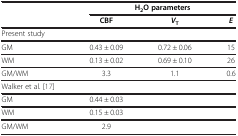
<table><thead><tr><td rowspan="2"><b> </b></td><td colspan="3"><b>H<sub>2</sub>O parameters</b></td></tr><tr><td><b>CBF</b></td><td><b><i>V</i><sub>T</sub></b></td><td><b><i>E</i></b></td></tr></thead><tbody><tr><td>Present study</td><td> </td><td> </td><td> </td></tr><tr><td>GM</td><td>0.43 ± 0.09</td><td>0.72 ± 0.06</td><td>15</td></tr><tr><td>WM</td><td>0.13 ± 0.02</td><td>0.69 ± 0.10</td><td>26</td></tr><tr><td>GM/WM</td><td>3.3</td><td>1.1</td><td>0.6</td></tr><tr><td>Walker et al. [17]</td><td> </td><td> </td><td> </td></tr><tr><td>GM</td><td>0.44 ± 0.03</td><td> </td><td> </td></tr><tr><td>WM</td><td>0.15 ± 0.03</td><td> </td><td> </td></tr><tr><td>GM/WM</td><td>2.9</td><td> </td><td> </td></tr></tbody></table>